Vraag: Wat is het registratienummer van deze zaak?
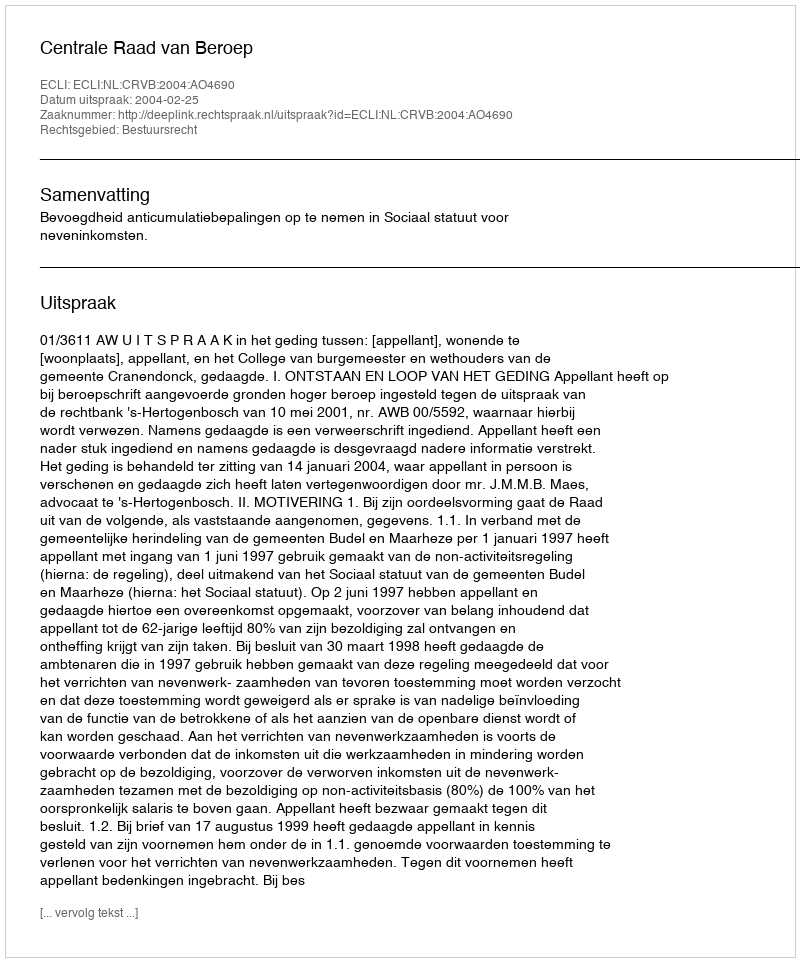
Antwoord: http://deeplink.rechtspraak.nl/uitspraak?id=ECLI:NL:CRVB:2004:AO4690